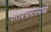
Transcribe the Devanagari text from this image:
संतवचनांनमध्ये